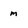
Character: m